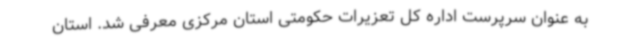
به عنوان سرپرست اداره کل تعزیرات حکومتی استان مرکزی معرفی شد. استان